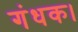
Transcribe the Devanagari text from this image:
गंधक।